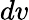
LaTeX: dv